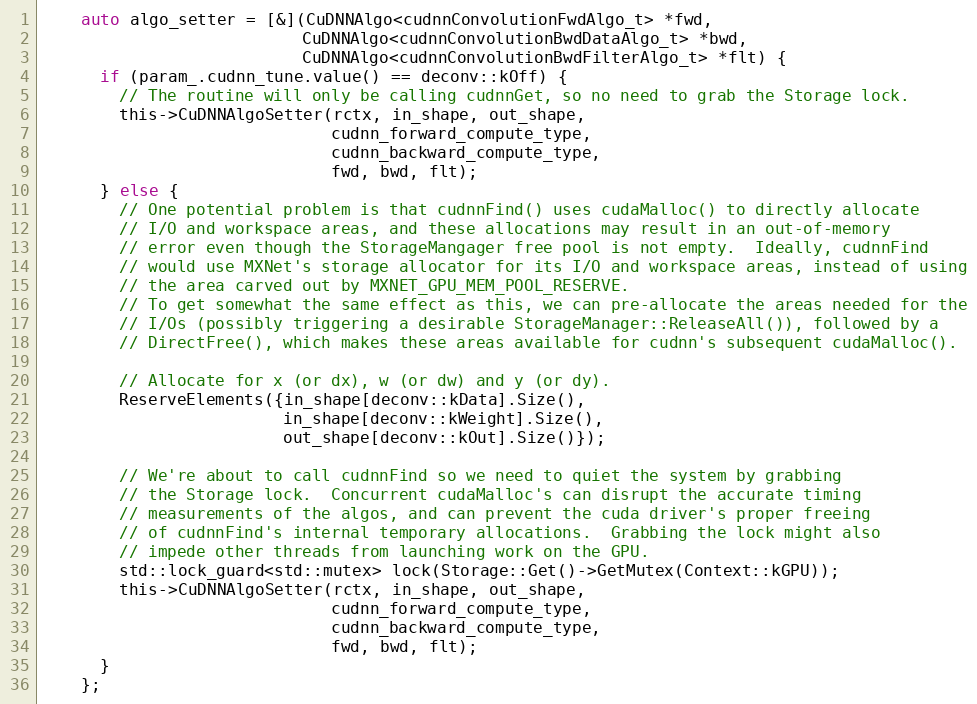
Language: C
    auto algo_setter = [&](CuDNNAlgo<cudnnConvolutionFwdAlgo_t> *fwd,
                           CuDNNAlgo<cudnnConvolutionBwdDataAlgo_t> *bwd,
                           CuDNNAlgo<cudnnConvolutionBwdFilterAlgo_t> *flt) {
      if (param_.cudnn_tune.value() == deconv::kOff) {
        // The routine will only be calling cudnnGet, so no need to grab the Storage lock.
        this->CuDNNAlgoSetter(rctx, in_shape, out_shape,
                              cudnn_forward_compute_type,
                              cudnn_backward_compute_type,
                              fwd, bwd, flt);
      } else {
        // One potential problem is that cudnnFind() uses cudaMalloc() to directly allocate
        // I/O and workspace areas, and these allocations may result in an out-of-memory
        // error even though the StorageMangager free pool is not empty.  Ideally, cudnnFind
        // would use MXNet's storage allocator for its I/O and workspace areas, instead of using
        // the area carved out by MXNET_GPU_MEM_POOL_RESERVE.
        // To get somewhat the same effect as this, we can pre-allocate the areas needed for the
        // I/Os (possibly triggering a desirable StorageManager::ReleaseAll()), followed by a
        // DirectFree(), which makes these areas available for cudnn's subsequent cudaMalloc().

        // Allocate for x (or dx), w (or dw) and y (or dy).
        ReserveElements({in_shape[deconv::kData].Size(),
                         in_shape[deconv::kWeight].Size(),
                         out_shape[deconv::kOut].Size()});

        // We're about to call cudnnFind so we need to quiet the system by grabbing
        // the Storage lock.  Concurrent cudaMalloc's can disrupt the accurate timing
        // measurements of the algos, and can prevent the cuda driver's proper freeing
        // of cudnnFind's internal temporary allocations.  Grabbing the lock might also
        // impede other threads from launching work on the GPU.
        std::lock_guard<std::mutex> lock(Storage::Get()->GetMutex(Context::kGPU));
        this->CuDNNAlgoSetter(rctx, in_shape, out_shape,
                              cudnn_forward_compute_type,
                              cudnn_backward_compute_type,
                              fwd, bwd, flt);
      }
    };